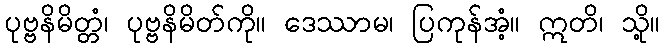
ပုဗ္ဗနိမိတ္တံ၊ ပုဗ္ဗနိမိတ်ကို။ ဒေဿာမ၊ ပြကုန်အံ့။ ဣတိ၊ သို့။